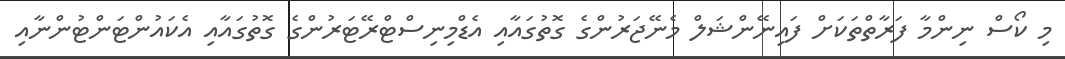
މި ކޯސް ނިންމާ ފަރާތްތަކަށް ފައިނޭންޝަލް މެނޭޖަރުންގެ ގޮތުގައާއި އެޑްމިނިސްޓްރޭޓަރުންގެ ގޮތުގައާއި އެކައުންޓަންޓުންނާއި